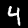
Digit: 4